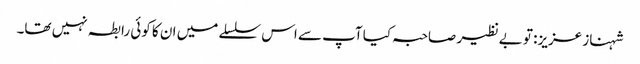
شہناز عزیز: تو بے نظیر صاحبہ کیا آپ سے اس سلسلے میں ان کا کوئی رابطہ نہیں تھا۔